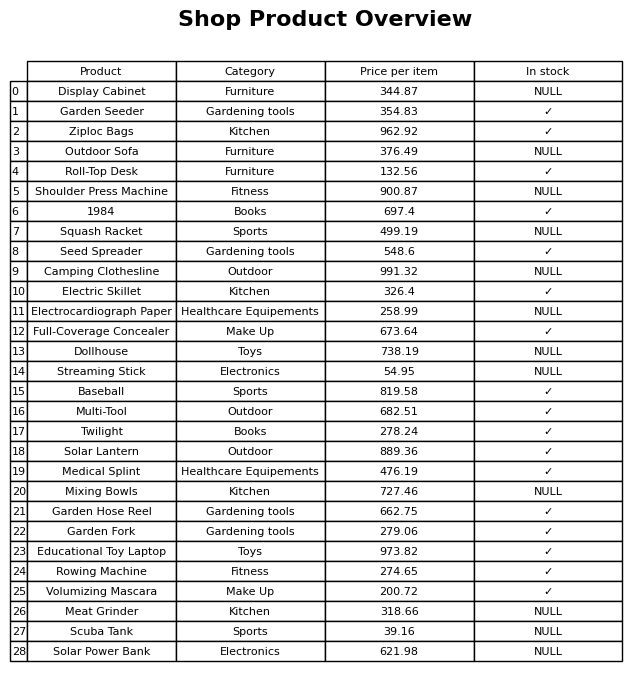
question: What is the price of the Baseball?
answer: The price of Baseball is 819.58.